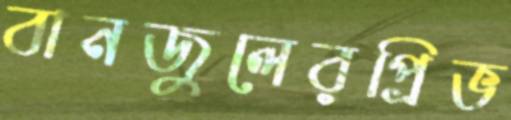
বানজুলেরপ্রিভ